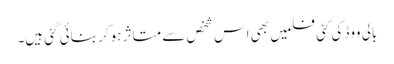
بالی ووڈ کی کئی فلمیں بھی اس شخص سے متاثر ہو کر بنائی گئی ہیں۔